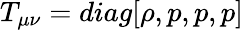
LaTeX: T_{\mu\nu}=diag[\rho,p,p,p]